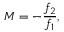
M = - { \frac { f _ { 2 } } { f _ { 1 } } } ,